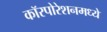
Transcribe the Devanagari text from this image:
कॉरपोरेशनमध्ये